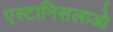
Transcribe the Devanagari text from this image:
एस्टानिसलाओ